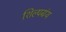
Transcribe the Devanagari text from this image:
शिल्पग्रंथ